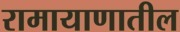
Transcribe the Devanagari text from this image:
रामायाणातील